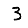
Digit: 3